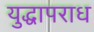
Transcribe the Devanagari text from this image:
युद्धापराध